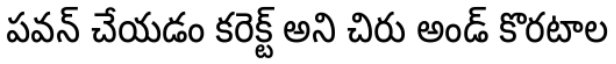
పవన్ చేయడం కరెక్ట్ అని చిరు అండ్ కొరటాల